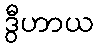
ဒွီဟာယ